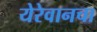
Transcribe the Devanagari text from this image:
येरेवानचा